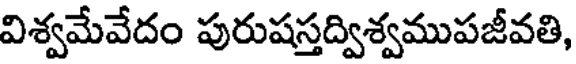
విశ్వమేవేదం పురుషస్తద్విశ్వముపజీవతి,